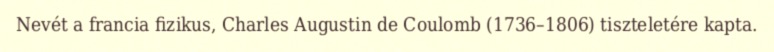
Nevét a francia fizikus, Charles Augustin de Coulomb (1736–1806) tiszteletére kapta.